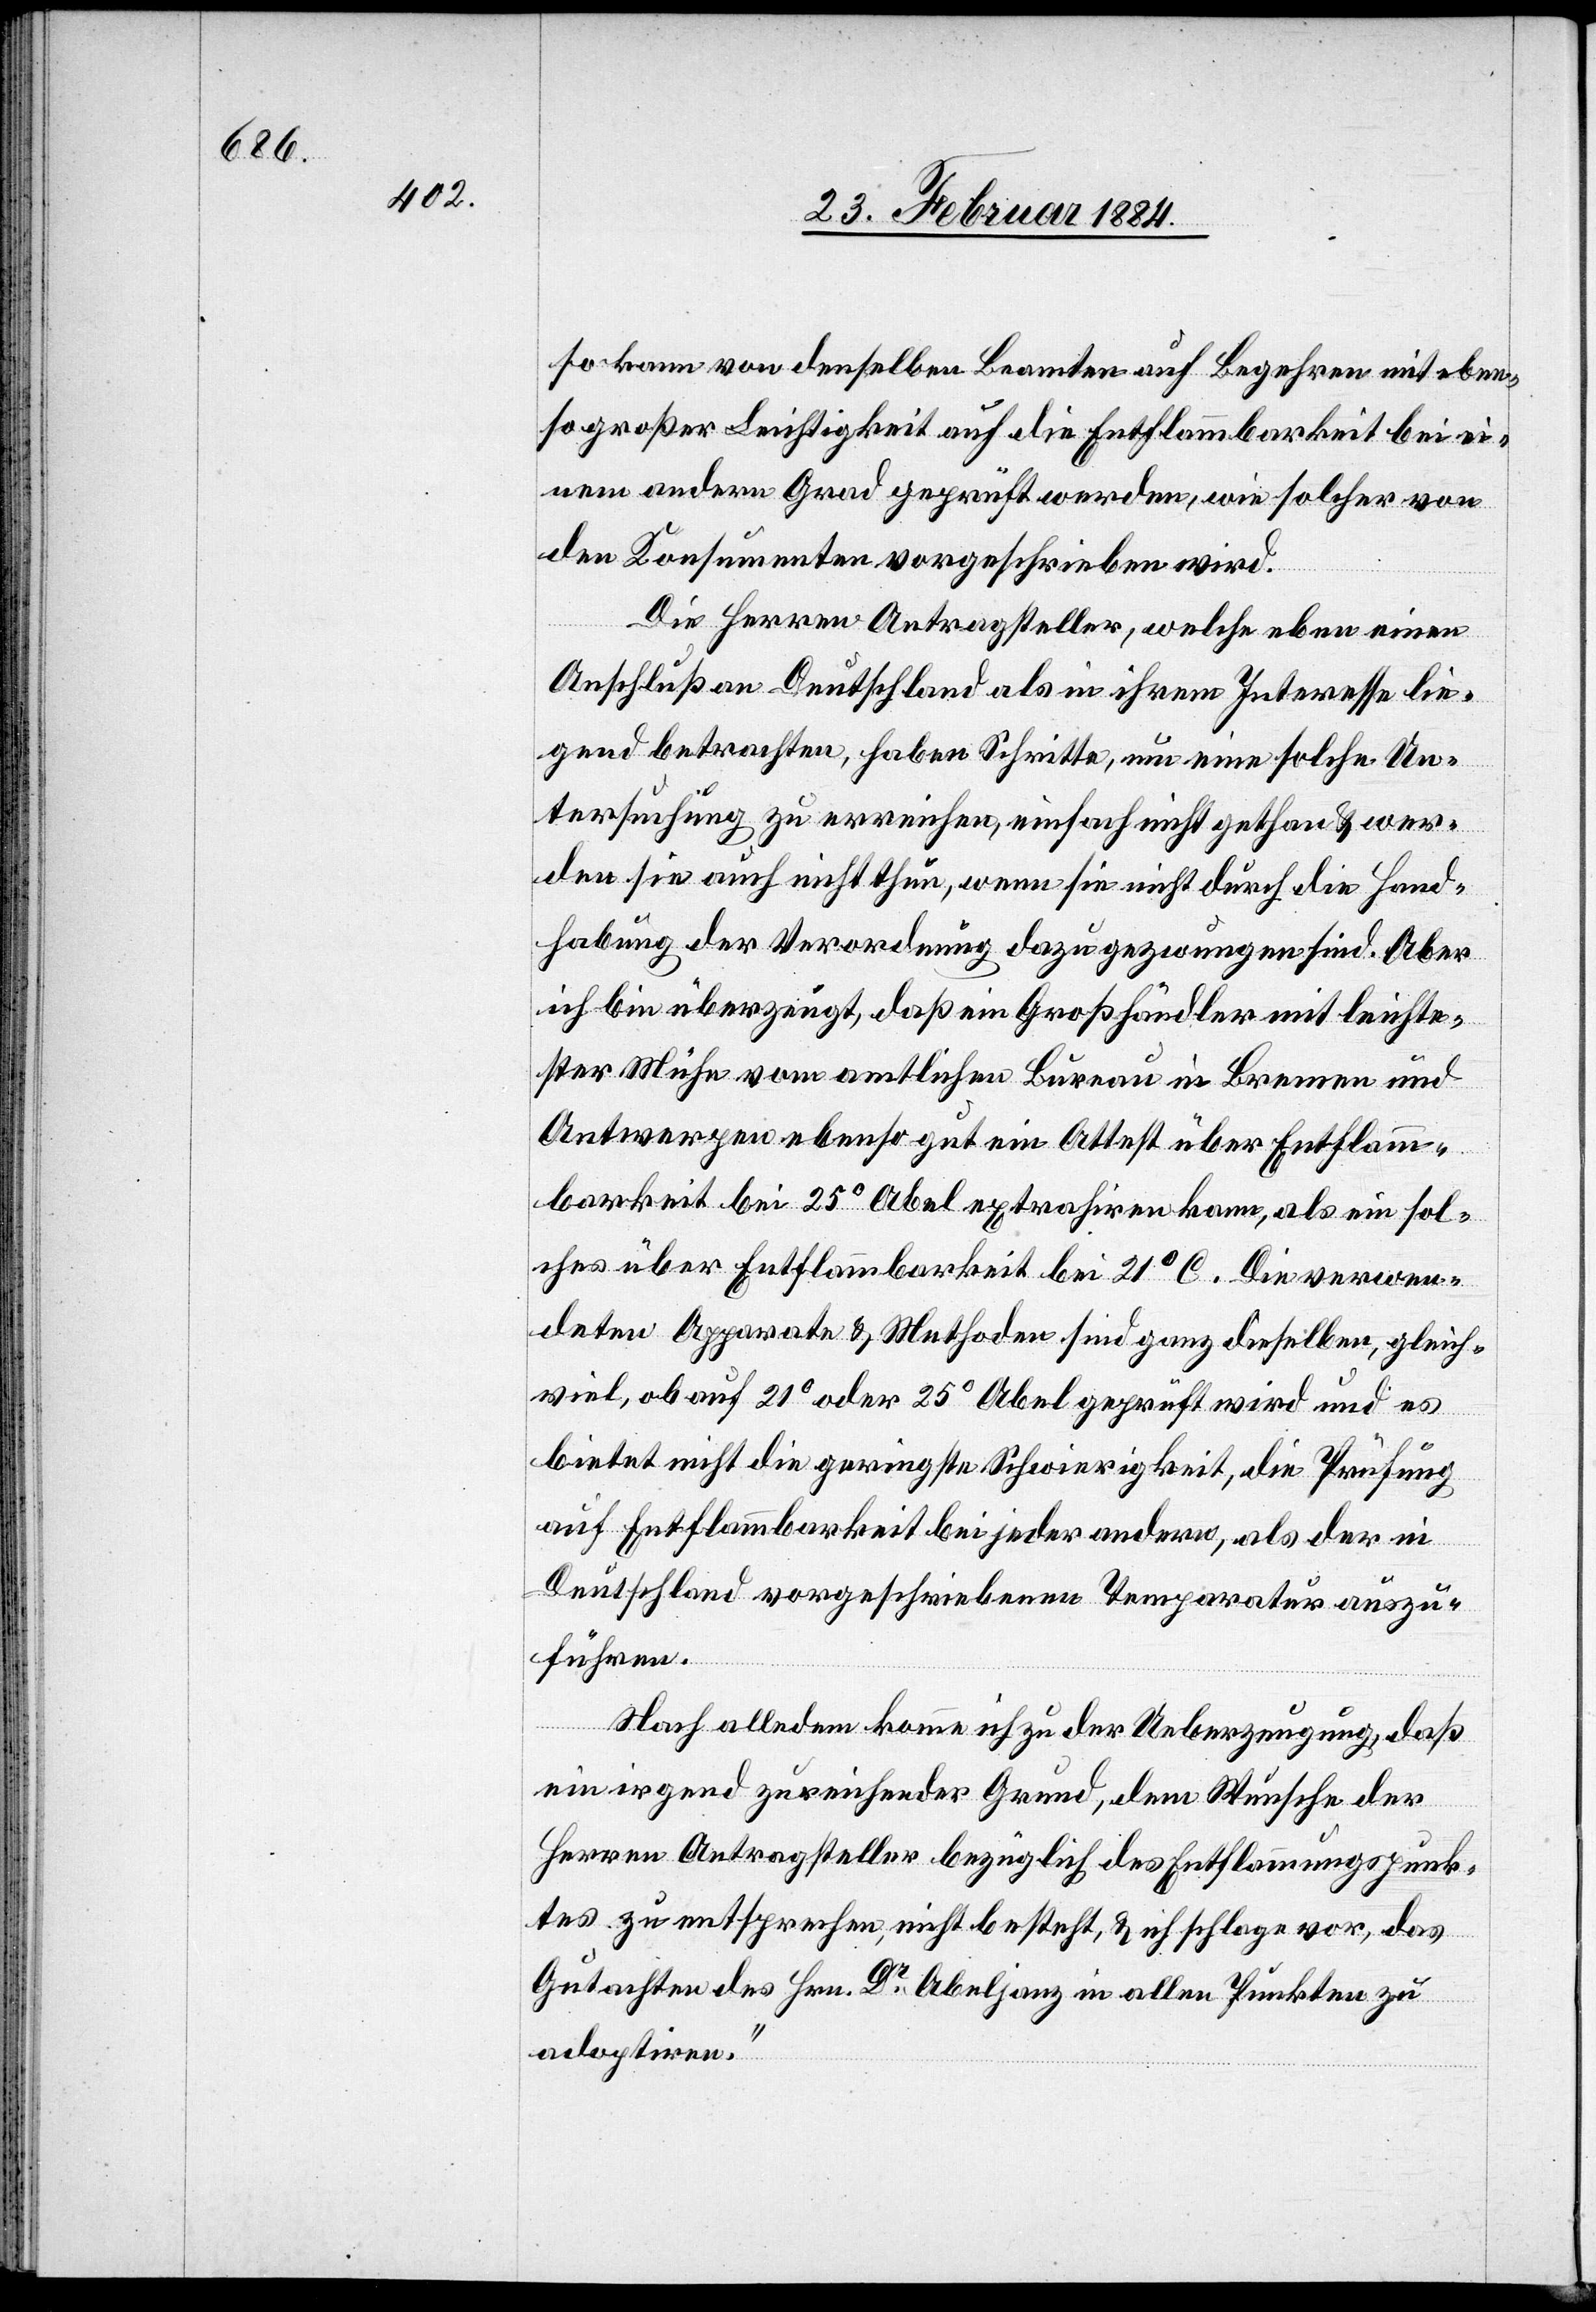
so kann von denselben Beamten auf Begehren mit eben¬
so großer Leichtigkeit auf die Entflammbarkeit bei ei¬
nem andern Grad geprüft werden, wie solcher von
den Konsumenten vorgeschrieben wird.
Die Herren Antragsteller, welche eben einen
Anschluß an Deutschland als in ihrem Interesse lie¬
gend betrachten, haben Schritte, um eine solche Un¬
tersuchung zu erreichen, einfach nicht gethan & wer¬
den sie auch nicht thun, wenn sie nicht durch die Hand¬
habung der Verordnung dazu gezwungen sind. Aber
ich bin überzeugt, daß ein Großhändler mit leichte¬
ster Mühe vom amtlichen Bureau in Bremen und
Antwerpen ebenso gut ein Attest über Entflam¬
mbarkeit bei 25° Abel extrahiren kann, als ein sol¬
ches über Entflammbarkeit bei 21° C. Die verwen¬
deten Apparate & Methoden sind ganz dieselben, gleich¬
viel, ob auf 21° oder 25° Abel geprüft wird und es
bietet nicht die geringste Schwierigkeit, die Prüfung
auf Entflammbarkeit bei jeder andern, als der in
Deutschland vorgeschriebenen Temperatur auszu¬
führen.
Nach alledem komme ich zu der Ueberzeugung, daß
ein irgend zureichender Grund, dem Wunsche der
Herren Antragsteller bezüglich des Entflammungspunk¬
tes zu entsprechen, nicht besteht, & ich schlage vor, das
Gutachten des Hrn. Dr Abeljanz in allen Punkten zu
adpotiren.“